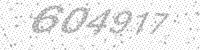
Solution: 604917